Vaccination in Bombay 1869-1873 - 1869-1873
Year: 1869
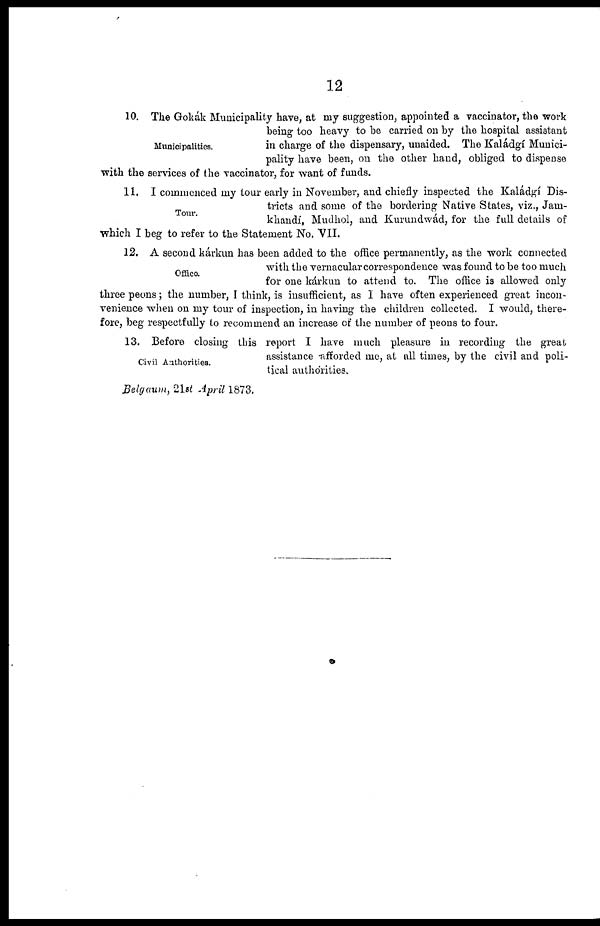
12
Municipalities.
10. The Gokák Municipality have, at my suggestion, appointed a vaccinator, the work
being too heavy to be carried on by the hospital assistant
in charge of the dispensary, unaided. The Kaládgí Munici-
pality have been, on the other hand, obliged to dispense
with the services of the vaccinator, for want of funds.
Tour.
11. I commenced my tour early in November, and chiefly inspected the Kaládgí Dis-
tricts and some of the bordering Native States, viz., Jam-
khandí, Mudhol, and Kurundwád, for the full details of
which I beg to refer to the Statement No. VII.
Office.
12. A second kárkun has been added to the office permanently, as the work connected
with the vernacular correspondence was found to be too much
for one kárkun to attend to. The office is allowed only
three peons; the number, I think, is insufficient, as I have often experienced great incon-
venience when on my tour of inspection, in having the children collected. I would, there-
fore, beg respectfully to recommend an increase of the number of peons to four.
Civil Authorities.
13. Before closing this report I have much pleasure in recording the great
assistance afforded me, at all times, by the civil and poli-
tical authorities.
Belgaum, 21st April 1873.